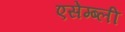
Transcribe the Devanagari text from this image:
एसेम्ब्ली